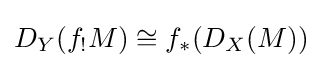
D_{Y}(f_{!}M)\cong f_{*}(D_{X}(M))